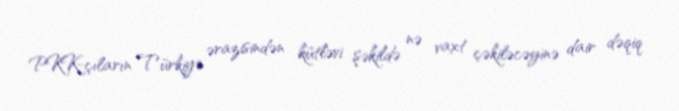
PKK-çıların Türkiyə ərazisindən kütləvi şəkildə nə vaxt çəkiləcəyinə dair dəqiq